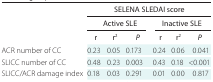
<table><thead><tr><td rowspan="3"></td><td colspan="6"><b>SELENA SLEDAI score</b></td></tr><tr><td colspan="3"><b>Active SLE</b></td><td colspan="3"><b>Inactive SLE</b></td></tr><tr><td><b>r</b></td><td><b>r<sup>2</sup></b></td><td><b><i>P</i></b></td><td><b>r</b></td><td><b>r<sup>2</sup></b></td><td><b><i>P</i></b></td></tr></thead><tbody><tr><td>ACR number of CC</td><td>0.23</td><td>0.05</td><td>0.173</td><td>0.24</td><td>0.06</td><td>0.041</td></tr><tr><td>SLICC number of CC</td><td>0.48</td><td>0.23</td><td>0.003</td><td>0.43</td><td>0.18</td><td>&lt;0.001</td></tr><tr><td>SLICC/ACR damage index</td><td>0.18</td><td>0.03</td><td>0.291</td><td>0.01</td><td>0.00</td><td>0.817</td></tr></tbody></table>